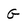
Character: G